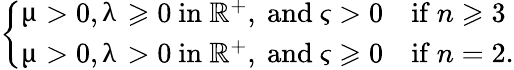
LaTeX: \left\{ \begin{array}{ll}{\upmu>0,\uplambda\geqslant 0\mathrm{~in~}\mathbb{R}^{+},\mathrm{~and~}\varsigma>0}&{\mathrm{if~}n\geqslant 3}\\ {\upmu>0,\uplambda>0\mathrm{~in~}\mathbb{R}^{+},\mathrm{~and~}\varsigma\geqslant 0}&{\mathrm{if~}n=2.}\end{array}\right.